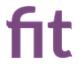
fit